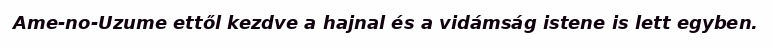
Ame-no-Uzume ettől kezdve a hajnal és a vidámság istene is lett egyben.